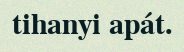
tihanyi apát.